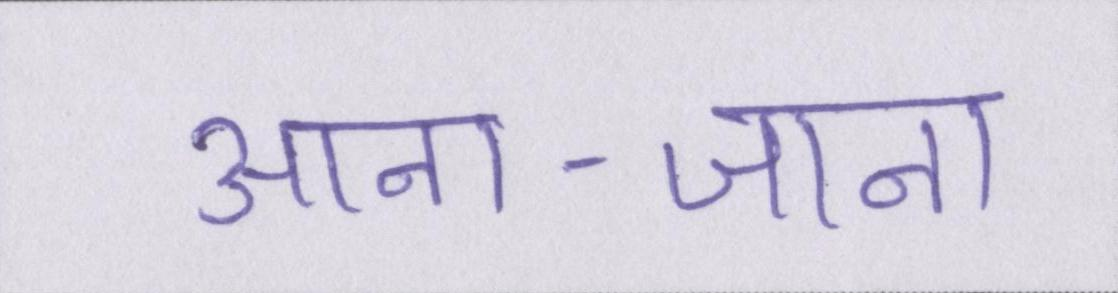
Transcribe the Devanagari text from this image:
आना-जाना